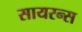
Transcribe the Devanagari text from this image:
सायरन्स